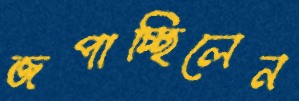
জপাচ্ছিলেন